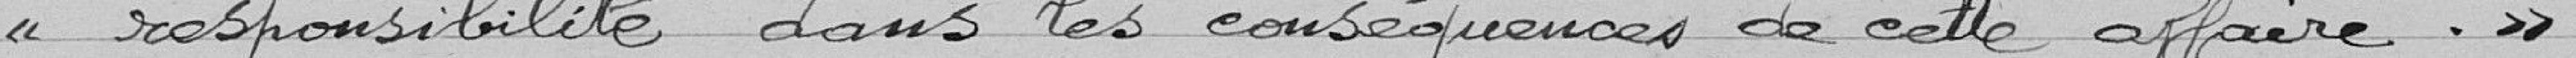
responsabilité dans les conséquences de cette affaire.